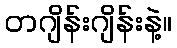
တဂျိန်းဂျိန်းနဲ့။